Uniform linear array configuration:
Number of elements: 16
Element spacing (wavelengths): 1
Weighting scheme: kaiser
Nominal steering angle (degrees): -15
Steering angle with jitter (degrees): -15.502
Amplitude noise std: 0.05
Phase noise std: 0.05

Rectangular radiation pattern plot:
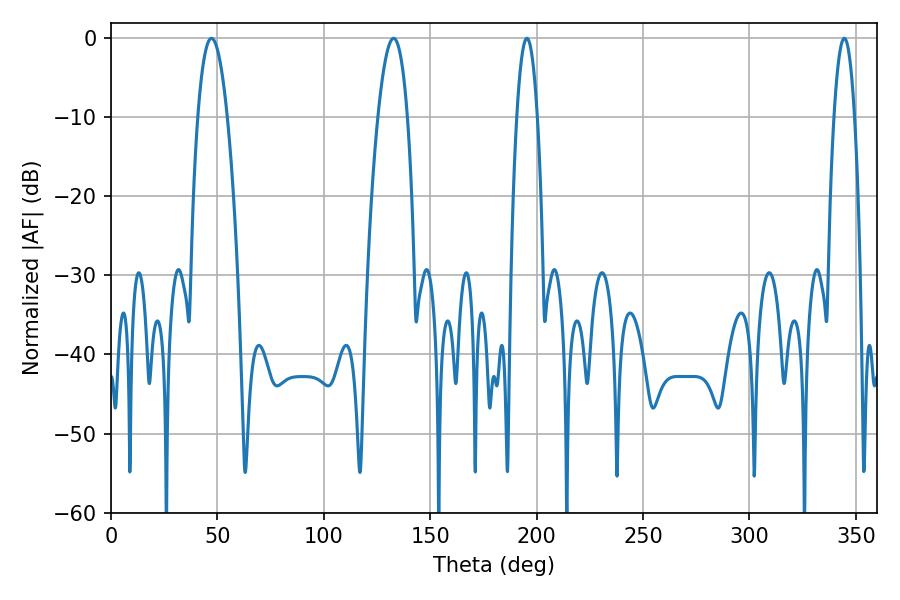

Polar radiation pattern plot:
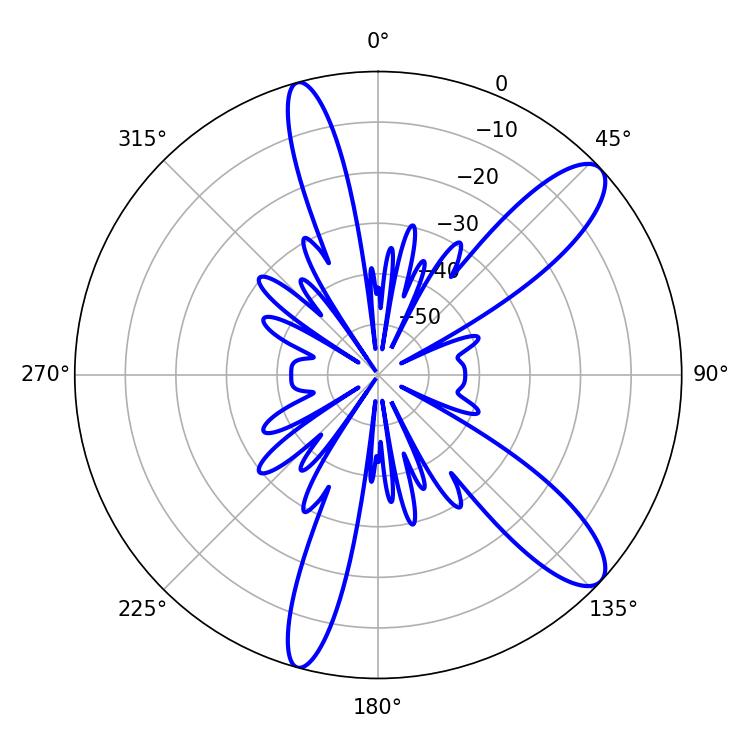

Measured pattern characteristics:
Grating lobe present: TRUE
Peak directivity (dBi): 11.037
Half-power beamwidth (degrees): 7.56
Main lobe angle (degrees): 47.16